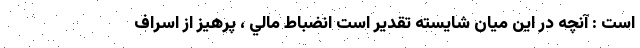
است : آنچه در اين ميان شايسته تقدير است انضباط مالي ، پرهيز از اسراف